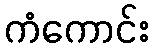
ကံကောင်း